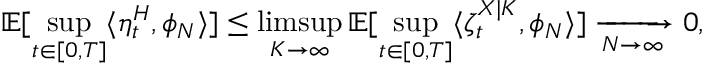
\mathbb { E } [ \operatorname* { s u p } _ { t \in [ 0 , T ] } \langle \eta _ { t } ^ { H } , \phi _ { N } \rangle ] \leq \operatorname* { l i m s u p } _ { K \to \infty } \mathbb { E } [ \operatorname* { s u p } _ { t \in [ 0 , T ] } \langle \zeta _ { t } ^ { X | K } , \phi _ { N } \rangle ] \xrightarrow [ N \to \infty ] { } 0 ,